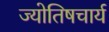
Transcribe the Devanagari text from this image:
ज्योतिषचार्य